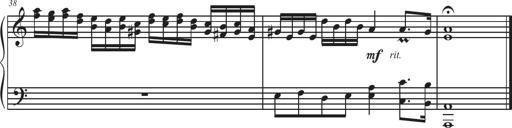
Title: Sonatina Espania
Composer: Jerald Franklin Archer
Key: Various